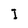
Character: I